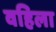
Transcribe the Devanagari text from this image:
वहिला